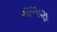
ગાળણ